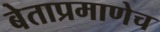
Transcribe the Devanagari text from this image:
बेताप्रमाणेच